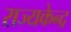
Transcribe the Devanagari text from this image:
राज्यकेन्द्र